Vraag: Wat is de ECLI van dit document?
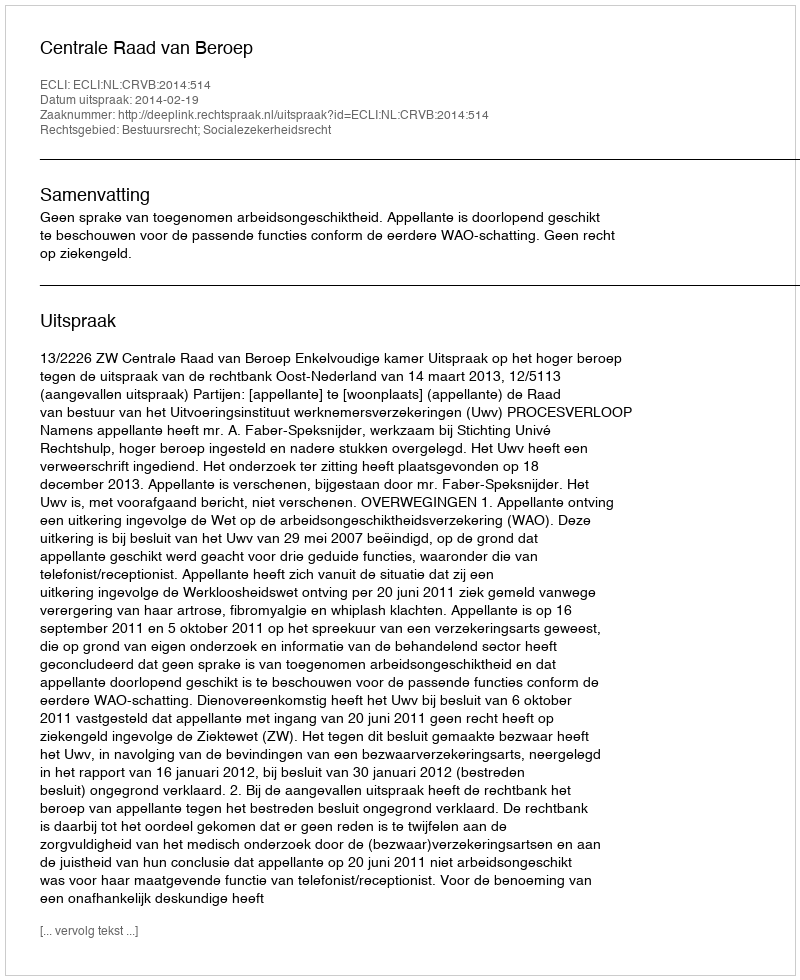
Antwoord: ECLI:NL:CRVB:2014:514